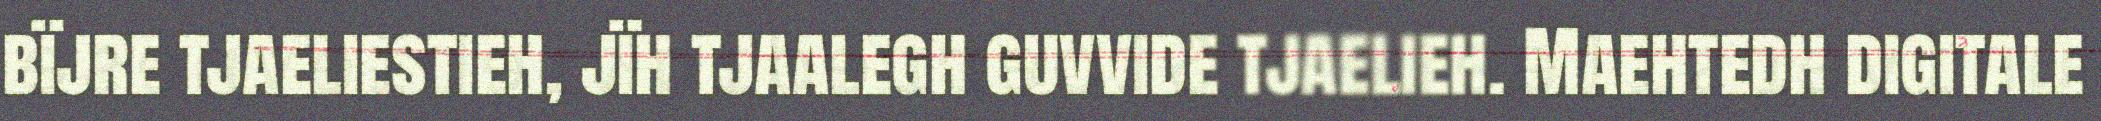
bïjre tjaeliestieh, jïh tjaalegh guvvide tjaelieh. Maehtedh digitale